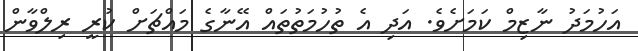
އަހުމަދު ނާޒިމް ކަމަށެވެ. އަދި އެ ތުހުމަތުތައް އޭނާގެ މައްޗަށް ކުރީ ރިލްވާން